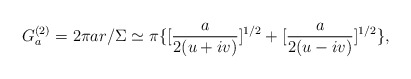
\begin{align*}G_a^{(2)}= 2 \pi ar/\Sigma \simeq \pi \{[\frac{a}{2(u+iv)}]^{1/2} + [\frac {a}{2(u-iv)}]^{1/2}\},\end{align*}